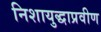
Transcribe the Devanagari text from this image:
निशायुद्धाप्रवीण